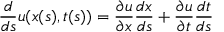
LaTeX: { \frac { d } { d s } } u ( x ( s ) , t ( s ) ) = { \frac { \partial u } { \partial x } } { \frac { d x } { d s } } + { \frac { \partial u } { \partial t } } { \frac { d t } { d s } }